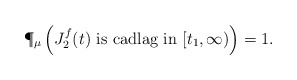
\begin{align*} \P_{\mu}\left( J_{2}^f(t) \mbox{ is cadlag in } [t_1,\infty)\right)=1.\end{align*}